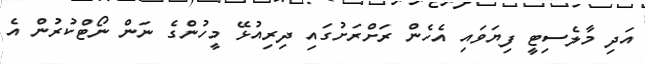
އަދި މާލެސިޓީ ފިޔަވައި އެހެން ރަށްރަށުގައި ދިރިއުޅޭ މީހުންގެ ނަން ނޯޓްކުރުން އެ